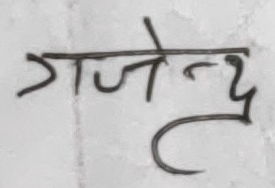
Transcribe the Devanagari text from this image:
गजेंद्र